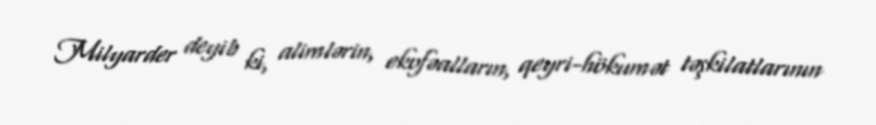
Milyarder deyib ki, alimlərin, ekofəalların, qeyri-hökumət təşkilatlarının